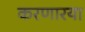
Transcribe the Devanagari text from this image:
करणारया